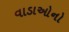
વાડાઓનો